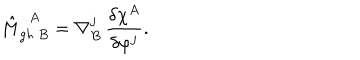
LaTeX: \hat { M } _ { g h \ B } ^ { \ \ A } = \nabla _ { B } ^ { j } \, \frac { \delta \chi ^ { A } } { \delta \varphi ^ { j } } .